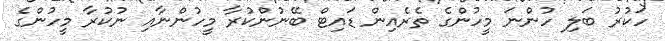
ހަކުރު ބަލި ހުންނަ މީހުންގެ ތެރެއިން ޑައިޓް ބޭނުންކުރާ މީހުންނާއި ނުކުރާ މީހުންގެ